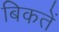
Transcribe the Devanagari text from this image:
बिकतें